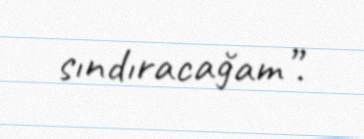
sındıracağam”.